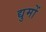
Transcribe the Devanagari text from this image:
द्युमों